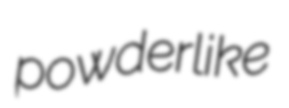
powderlike